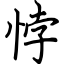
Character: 悖